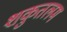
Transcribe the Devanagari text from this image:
शकुतलम